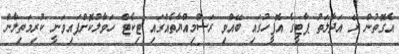
އެގޮތުން ރޭ އަދާލަތު ޕާޓީގެ އޮފީހުގައި ބޭއްވި ރަސްމިއްޔާތެއްގައި ޓިކެޓް ހަވާލުކޮށްފައިވަނީ ކުރިމަތިލާން